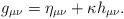
LaTeX: \begin{align*}g_{\mu \nu }=\eta _{\mu \nu }+\kappa h_{\mu \nu }.\end{align*}